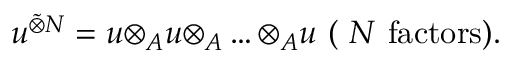
u ^ { \tilde { \otimes } N } = u { \otimes } _ { A } u { \otimes } _ { A } \ldots { \otimes } _ { A } u ~ ( ~ N \mathrm { ~ f a c t o r s } ) .